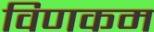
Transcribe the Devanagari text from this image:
विणकम